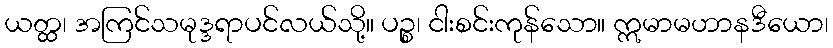
ယတ္ထ၊ အကြင်သမုဒ္ဒရာပင်လယ်သို့။ ပဉ္စ၊ ငါးစင်းကုန်သော။ ဣမာမဟာနဒီယော၊